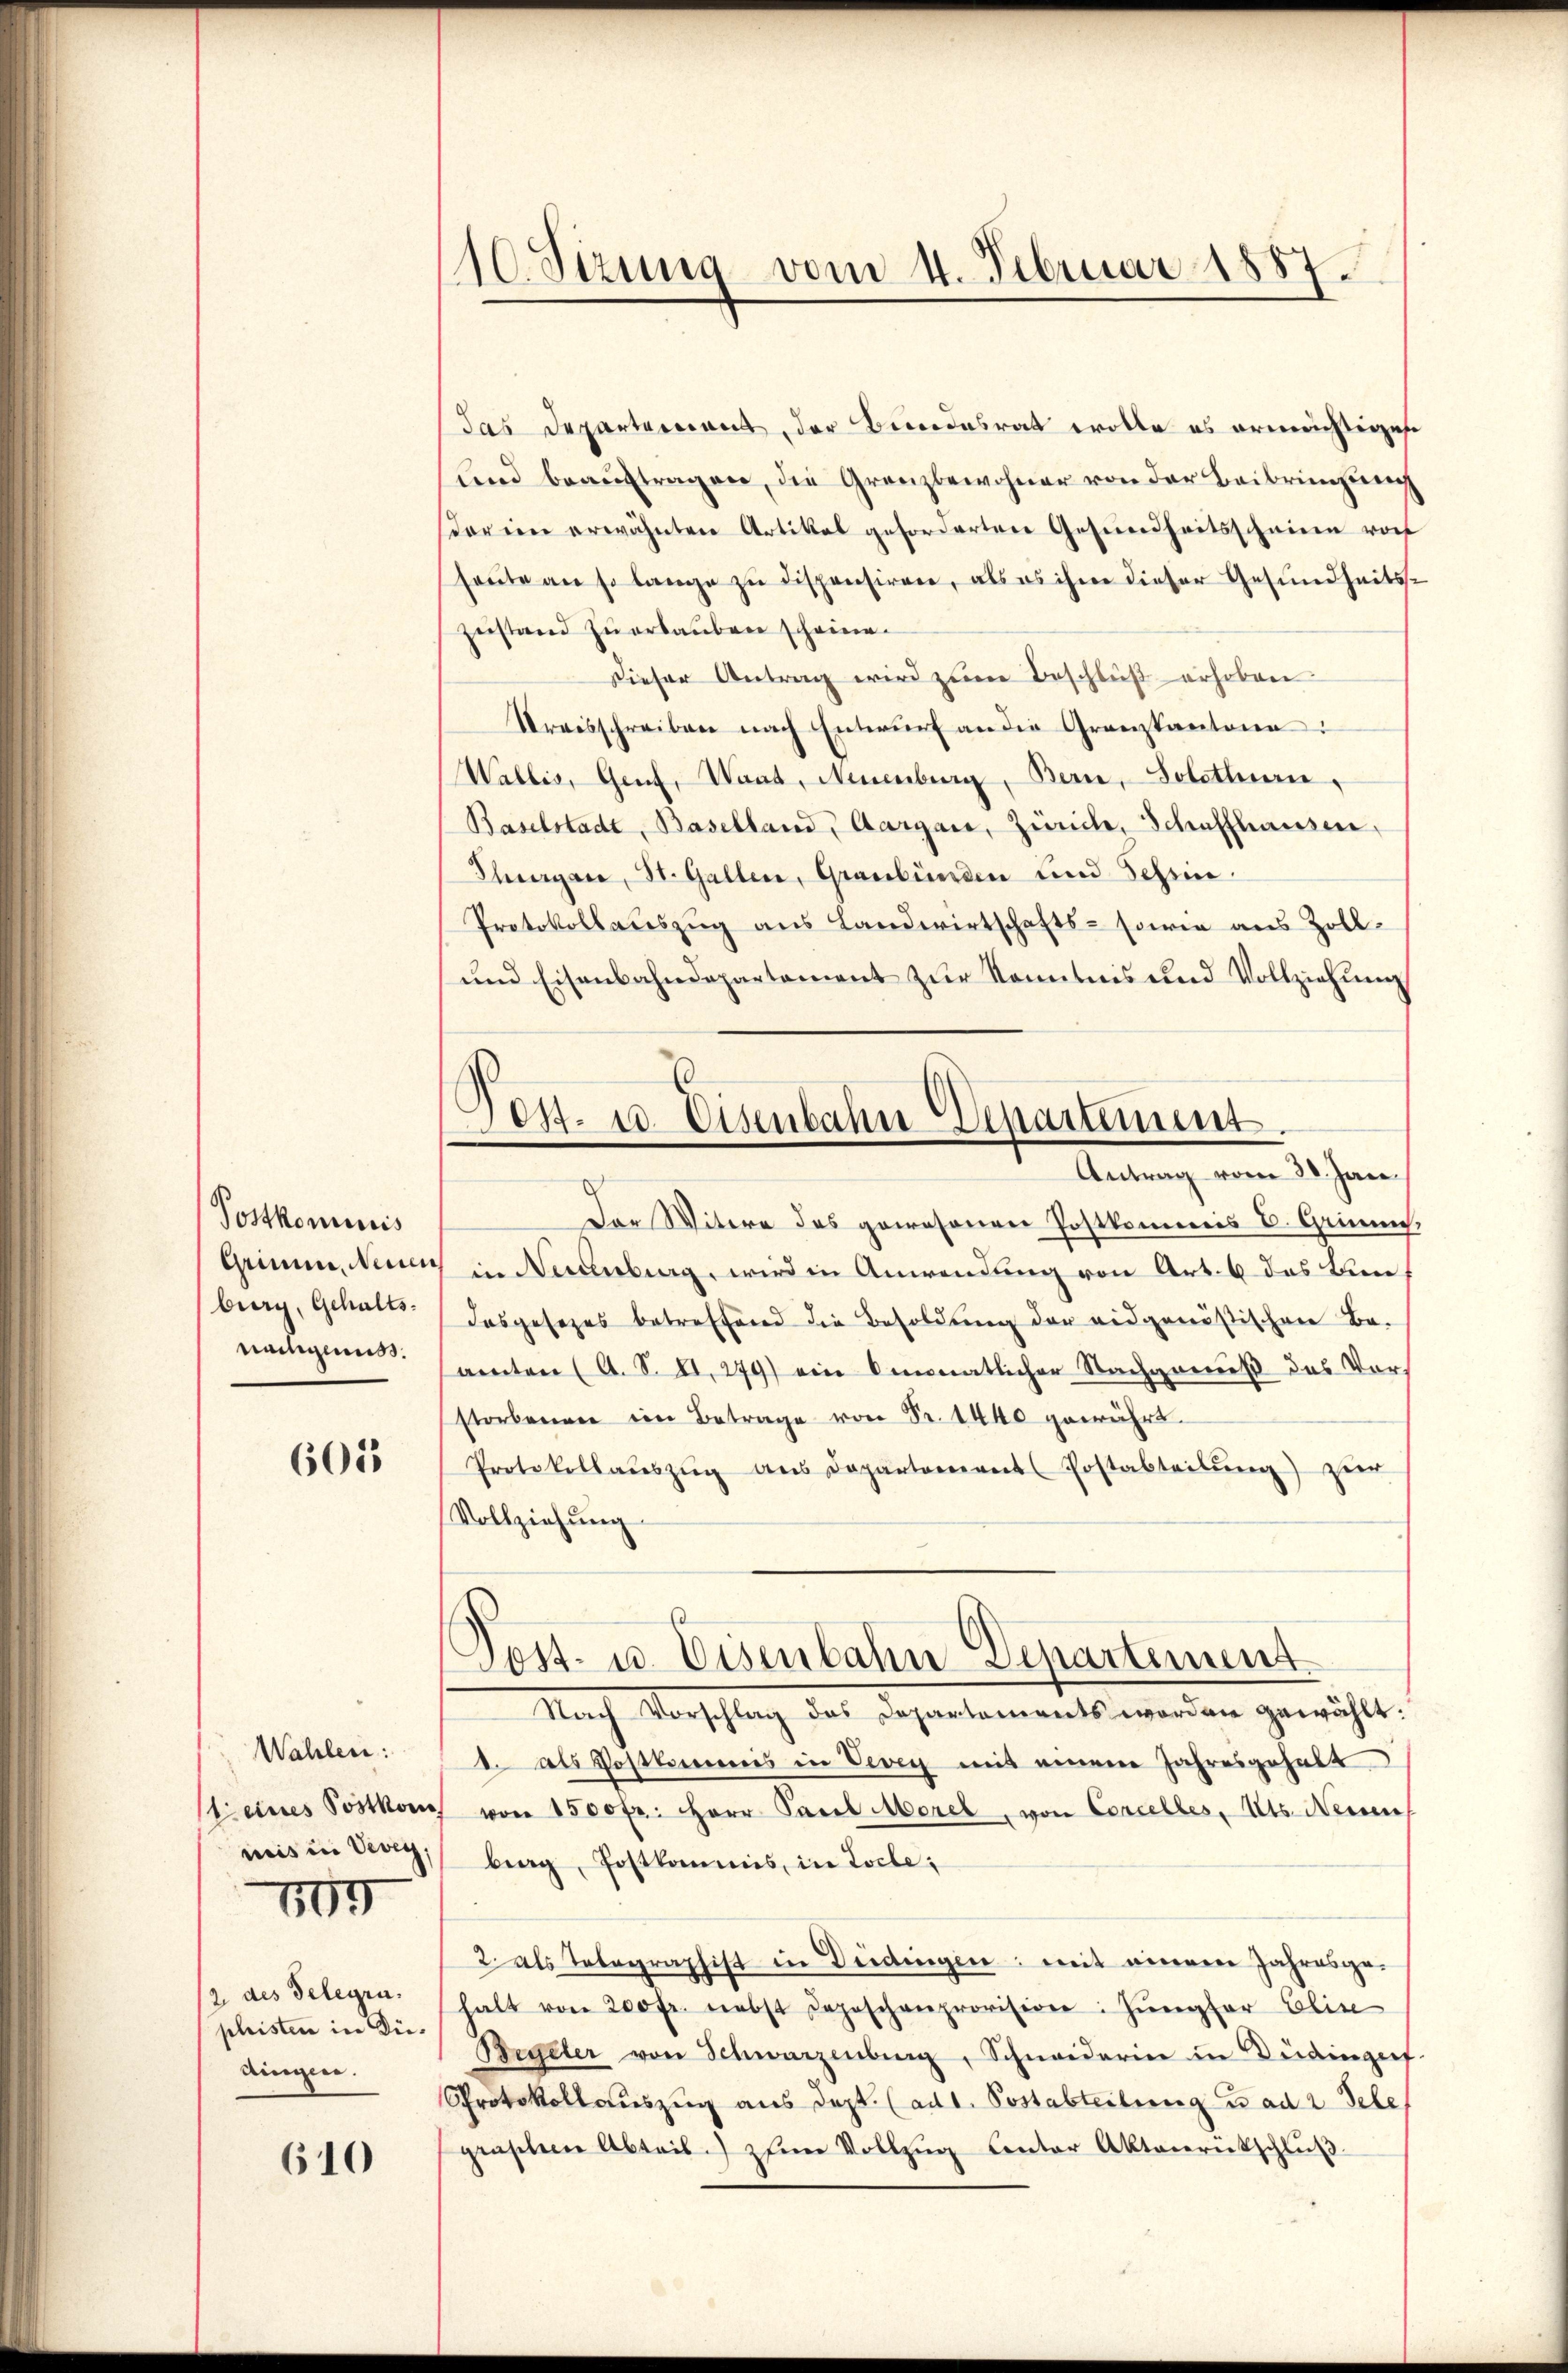
Postkominis
burg, Gehaltsnachgenuss.

605

Wahlen:
n

2 des Gelegra
phristen in Düdingen.

610

10. Sizung vom 4. Februar 1887.

das Departement, der Bundesrat wolle es armerichtiges
lind beaŭftragen, die Grenzbewohner von der Beibringung
dar im erwähnten Artikal geforderten Gesundheitsscheinen vor
heŭte an so lange zŭ dispensiren, als es ihm dieser Gesundheits-
Zustand zu erlauben scheine.
Dieser Antrag wird zŭm Beschlŭβ erhoben
Streisschreiben nach Entwurf an die Granzkantone:
Wallis, Genf, Wand, Neuenburg, Bern, Solothurn,
Baselstadt, Baselland, Aargau, Zürich, Schaffhausen,
Thurgau, St. Gallen, Graubünden und Schrie
Protokollauszug aus Landwirtschafts- sowie aus Zoll-
und Eisenbahndepartement zur Kenntnis und Vollziehung
Der Witere des gewesenen Postkommnis E. Griech.
Grimm, Neuen in Neuenburg, wird in Anwendung von Art. 6 das Kin
dasgesezes betreffend die Besoldung der eidgenößischen Be-
amten (A. S. II. 279) ein Amonatlicher Nachgenuß des Ver-
storbenen ein Betrage von Fr. 1440 gewährt.
Protokollaŭszŭg aŭs Departement Postabteilŭng zur
Vollziehung.
Post- u. Eisenbahn-Departement.
Nach Vorschlag des Departements worden gewählt:
1. als Postkommis in Vevey mit einem Jahresgehalt
Steines Postkon von 1500 fr. Herr Parl Morel, von Concelles, Kts. Neuen
mis in Verry, berg, Postkommis, in Loche;
2 als Telegraphist in Deidingen: mit einem Jahresge-
halt von 200 fr. nebst Depeschenprovision: Jŭngfer Elise
Begeler von Schwarzenberg, Schneiderin in Düringef
Protokollauszug aus dept. (ad 1. Postabteilung u ad 2. Sehe
graschen Abteil. Ihre Vollzŭg Centor Aktenrütschlŭβ

.
Tos. u. Eisenbahn Departement.
Antrag vom 28. Jan.